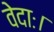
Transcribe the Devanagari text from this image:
वेदाः।